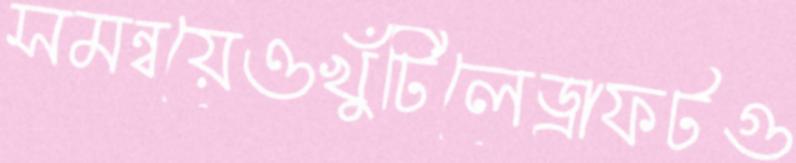
সমন্বয়েওখুঁটিলেড্রাফটগু